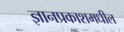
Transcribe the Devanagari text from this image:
ज्ञानप्रकाशमधील